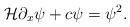
LaTeX: \begin{align*}\mathcal{H}\partial_x\psi + c \psi = \psi^2.\end{align*}